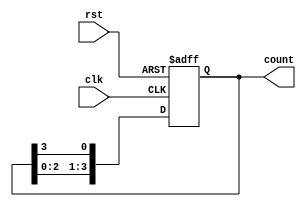
module ring_counter #(
    parameter N = 4  // Number of bits in the ring counter
) (
    input wire clk,   // Clock signal
    input wire rst,   // Reset signal
    output reg [N-1:0] count // Output of the ring counter
);

// Initial state for the ring counter
initial begin
    count = 1'b1; // Initialize with the first flip-flop set to '1'
end

// Always block triggered on the rising edge of the clock or the reset signal
always @(posedge clk or posedge rst) begin
    if (rst) begin
        count <= 1'b1; // Reset to initial state with '1' in the LSB
    end else begin
        // Shift the '1' through the ring counter
        count <= {count[N-2:0], count[N-1]}; // Shift left and wrap around
    end
end

endmodule